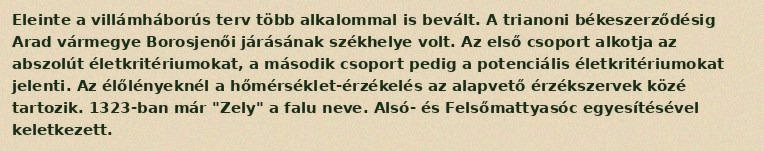
Eleinte a villámháborús terv több alkalommal is bevált. A trianoni békeszerződésig Arad vármegye Borosjenői járásának székhelye volt. Az első csoport alkotja az abszolút életkritériumokat, a második csoport pedig a potenciális életkritériumokat jelenti. Az élőlényeknél a hőmérséklet-érzékelés az alapvető érzékszervek közé tartozik. 1323-ban már "Zely" a falu neve. Alsó- és Felsőmattyasóc egyesítésével keletkezett.